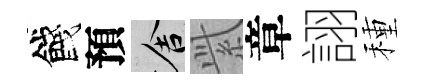
餞預舍𬗋章詡種